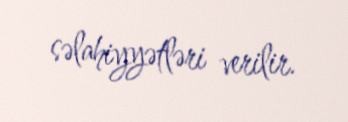
səlahiyyətləri verilir.